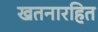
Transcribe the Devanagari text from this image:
खतनारहित